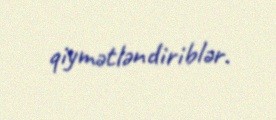
qiymətləndiriblər.